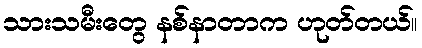
သားသမီးတွေ နစ်နာတာက ဟုတ်တယ်။